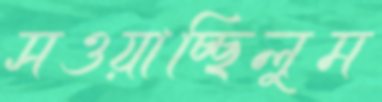
সওয়াচ্ছিলুম